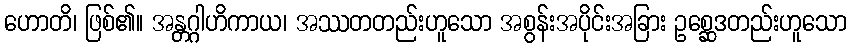
ဟောတိ၊ ဖြစ်၏။ အန္တဂ္ဂါဟိကာယ၊ အဿတတည်းဟူသော အစွန်းအပိုင်းအခြား ဥစ္ဆေဒတည်းဟူသော